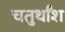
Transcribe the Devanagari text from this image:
चतुर्थाँश